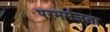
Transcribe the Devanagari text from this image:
परमर्मज्ञता